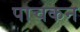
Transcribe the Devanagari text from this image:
पाचकन